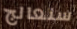
سنعالج